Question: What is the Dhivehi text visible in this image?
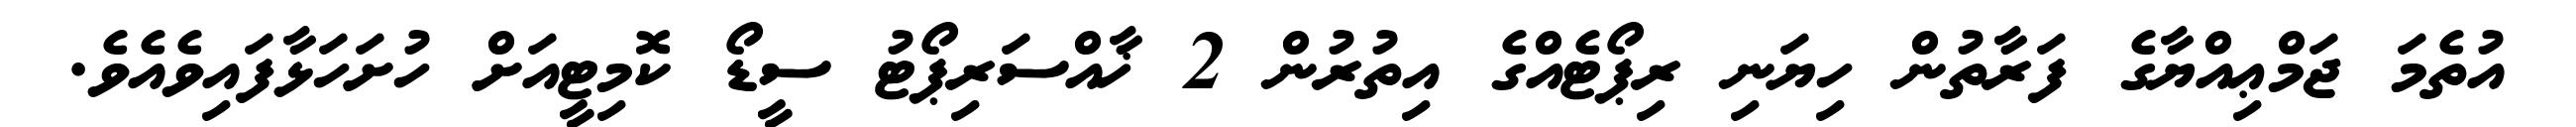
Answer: އުތެމަ ޖަމްޢިއްޔާގެ ފަރާތުން ހިޔަނި ރިޕޯޓެއްގެ އިތުރުން 2 ޚާއްސަރިޕޯޓު ސީޑޯ ކޮމިޓީއަށް ހުށަހަޅާފައިވެއެވެ.